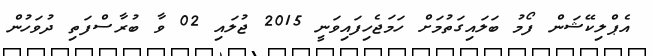
އެޕްލިކޭޝަން ފޯމު ބަލައިގަތުމަށް ހަމަޖެހިފައިވަނީ 2015 ޖުލައި 02 ވާ ބުރާސްފަތި ދުވަހުން